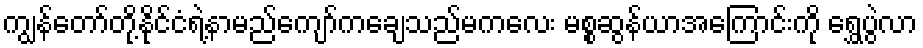
ကျွန်တော်တို့နိုင်ငံရဲ့နာမည်ကျော်ကချေသည်မကလေး မစ္စဆွန်ယာအကြောင်းကို ရွှေပွဲလာ